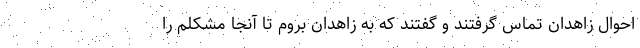
احوال زاهدان تماس گرفتند و گفتند که به زاهدان بروم تا آنجا مشکلم را